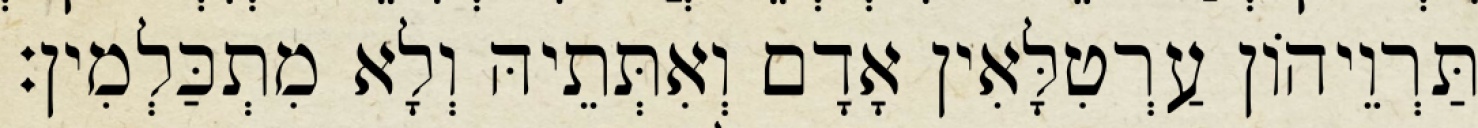
תַּרְוֵיהוֹן עַרְטִלָּאִין אָדָם וְאִתְּתֵיהּ וְלָא מִתְכַּלְמִין׃